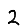
Digit: 2